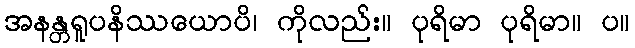
အနန္တရူပနိဿယောပိ၊ ကိုလည်း။ ပုရိမာ ပုရိမာ။ ပ။